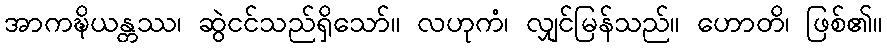
အာကဍ္ဎိယန္တဿ၊ ဆွဲငင်သည်ရှိသော်။ လဟုကံ၊ လျှင်မြန်သည်။ ဟောတိ၊ ဖြစ်၏။